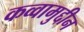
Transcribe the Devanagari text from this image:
कव्वामुद्दीन